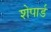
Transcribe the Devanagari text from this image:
शेपार्ड